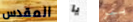
المقدس يا بيز